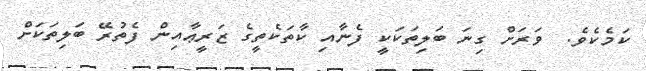
ކަމެކެވެ.  ވަރަށް ގިނަ ބަލިތަކަކީ ފެނާއި ކާތަކެތީގެ ޒަރީޢާއިން ފެތުރޭ ބަލިތަކަށް